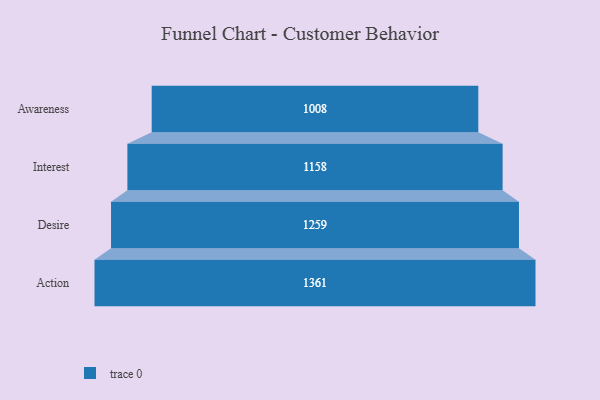
{"axis": {"x": "Stage", "y": "Value"}, "legend": [""], "data": [{"x": "Awareness", "y": 1008.0, "type": ""}, {"x": "Interest", "y": 1158.0, "type": ""}, {"x": "Desire", "y": 1259.0, "type": ""}, {"x": "Action", "y": 1361.0, "type": ""}]}